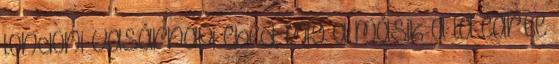
londoni vasárnapi ebéd, míg a másik a la carte